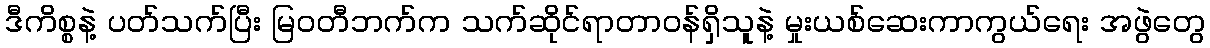
ဒီကိစ္စနဲ့ ပတ်သက်ပြီး မြဝတီဘက်က သက်ဆိုင်ရာတာဝန်ရှိသူနဲ့ မှုးယစ်ဆေးကာကွယ်ရေး အဖွဲတွေ